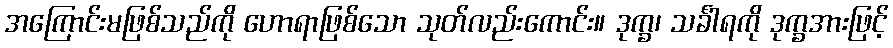
အကြောင်းမဖြစ်သည်ကို ဟောရာဖြစ်သော သုတ်လည်းကောင်း။ ဒုက္ခ၊ သင်္ခါရကို ဒုက္ခအားဖြင့်